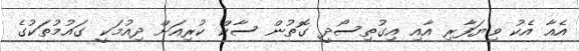
އެއާ އެކު ވިޔަފާރި އާއި އިގުތިސޯދީ ގޮތުން ސާކް ކުރިއަށް ދިއުމަކީ ގައުމުތަކުގެ